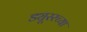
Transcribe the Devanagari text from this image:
ड्यूररच्या